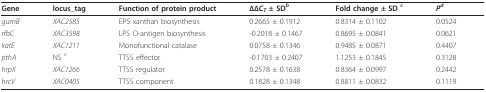
<table><thead><tr><td><b>Gene</b></td><td><b>locus_tag</b></td><td><b>Function of protein product</b></td><td><b>ΔΔ<i>C<sub>T </sub></i>± SD<i><sup>b</sup></i></b></td><td><b>Fold change ± SD <i><sup>c</sup></i></b></td><td><b><i>P<sup>d</sup></i></b></td></tr></thead><tbody><tr><td><i>gumB</i></td><td><i>XAC2585</i></td><td>EPS xanthan biosynthesis</td><td>0.2665 ± 0.1912</td><td>0.8314 ± 0.1102</td><td>0.0524</td></tr><tr><td><i>rfbC</i></td><td><i>XAC3598</i></td><td>LPS O-antigen biosynthesis</td><td>-0.2018 ± 0.1467</td><td>0.8695 ± 0.0841</td><td>0.0621</td></tr><tr><td><i>katE</i></td><td><i>XAC1211</i></td><td>Monofunctional catalase</td><td>0.0758 ± 0.1346</td><td>0.9485 ± 0.0871</td><td>0.4407</td></tr><tr><td><i>pthA</i></td><td>NS <i><sup>e</sup></i></td><td>TTSS effector</td><td>-0.1703 ± 0.2407</td><td>1.1253 ± 0.1845</td><td>0.3128</td></tr><tr><td><i>hrpX</i></td><td><i>XAC1266</i></td><td>TTSS regulator</td><td>0.2578 ± 0.1638</td><td>0.8364 ± 0.0997</td><td>0.2442</td></tr><tr><td><i>hrcV</i></td><td><i>XAC0405</i></td><td>TTSS component</td><td>0.1828 ± 0.1348</td><td>0.8811 ± 0.0832</td><td>0.1119</td></tr></tbody></table>